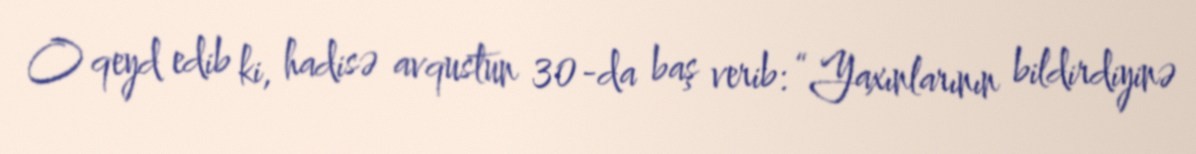
O qeyd edib ki, hadisə avqustun 30-da baş verib: “Yaxınlarının bildirdiyinə